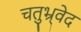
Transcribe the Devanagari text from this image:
चतुभ्र्वेद